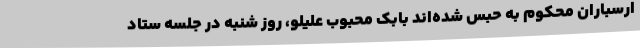
ارسباران محکوم به حبس شده‌اند بابک محبوب علیلو، روز شنبه در جلسه ستاد